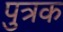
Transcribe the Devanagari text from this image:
पुत्रक